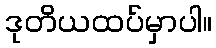
ဒုတိယထပ်မှာပါ။